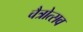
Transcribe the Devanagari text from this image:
चैत्रोत्सव